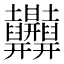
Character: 𱼲